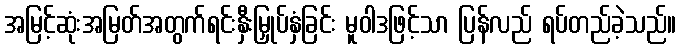
အမြင့်ဆုံးအမြတ်အတွက်ရင်းနှီးမြှုပ်နှံခြင်း မူဝါဒဖြင့်သာ ပြန်လည် ရပ်တည်ခဲ့သည်။